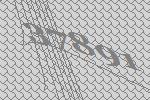
37891